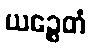
ယဉ္စေတံ